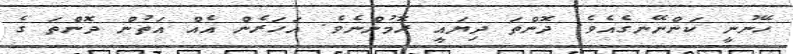
ހޭނުނީ ކަންނޭނގެއެވެ. ދޮންތަ ދިޔައީ ރޮމުންނެވެ. އަހަރެން އެއް އަތުން ދޮންތަ ގެ